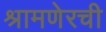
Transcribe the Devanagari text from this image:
श्रामणेरची